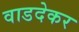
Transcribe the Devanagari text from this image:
वाडदेकर